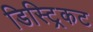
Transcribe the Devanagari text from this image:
डिस्ट्रिकट